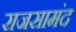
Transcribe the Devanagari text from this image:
राजसामंद